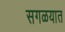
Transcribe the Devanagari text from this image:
सगळयात